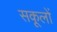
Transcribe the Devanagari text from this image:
सकूलों